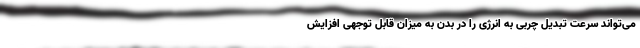
می‌تواند سرعت تبدیل چربی به انرژی را در بدن به میزان قابل توجهی افزایش